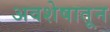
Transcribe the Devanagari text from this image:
अवशेषातून